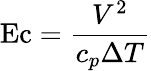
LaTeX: \mathrm{Ec}={\frac{V^{2}}{c_{p}\Delta T}}